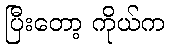
ပြီးတော့ ကိုယ်က